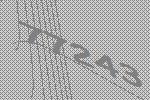
77243